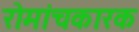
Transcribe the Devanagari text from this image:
रोमांचकारक